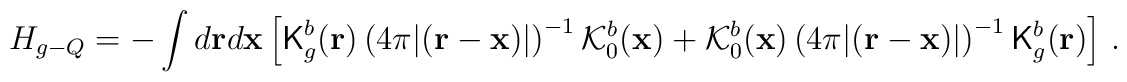
H_{g-Q}=-\int d{\bf r}d{\bf x}\left[{\sf K}_g^b({\bf r})\left(4{\pi}|({\bf r}-{\bf x})|\right)^{-1}{\cal K}_0^b({\bf x})+{\cal K}_0^b({\bf x})\left(4{\pi}|({\bf r}-{\bf x})|\right)^{-1}{\sf K}_g^b({\bf r})\right]\,.